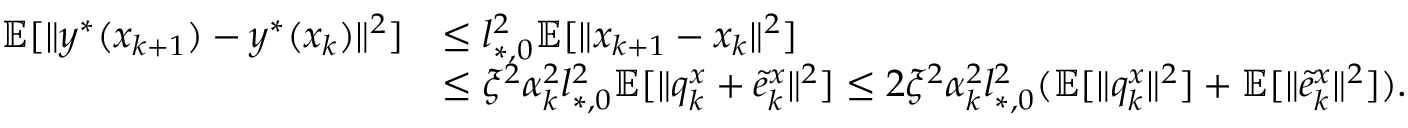
\begin{array} { r l } { \mathbb { E } [ \| y ^ { * } ( x _ { k + 1 } ) - y ^ { * } ( x _ { k } ) \| ^ { 2 } ] } & { \le l _ { * , 0 } ^ { 2 } \mathbb { E } [ \| x _ { k + 1 } - x _ { k } \| ^ { 2 } ] } \\ & { \le \xi ^ { 2 } \alpha _ { k } ^ { 2 } l _ { * , 0 } ^ { 2 } \mathbb { E } [ \| q _ { k } ^ { x } + \tilde { e } _ { k } ^ { x } \| ^ { 2 } ] \le 2 \xi ^ { 2 } \alpha _ { k } ^ { 2 } l _ { * , 0 } ^ { 2 } ( \mathbb { E } [ \| q _ { k } ^ { x } \| ^ { 2 } ] + \mathbb { E } [ \| \tilde { e } _ { k } ^ { x } \| ^ { 2 } ] ) . } \end{array}